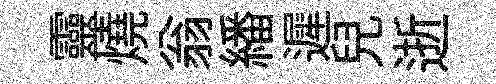
靈燒翁繙遲兒逝